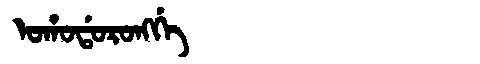
Manchu: ᠣᡥᠣᡩᠣᡵᠣᠩᡤᡝ
Romanization: OHODORONGGE